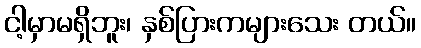
ငါ့မှာမရှိဘူး၊ နှစ်ပြားကများသေး တယ်။